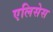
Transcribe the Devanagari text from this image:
एलिसेस